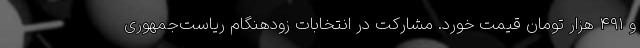
و ۴۹۱ هزار تومان قیمت خورد. مشارکت در انتخابات زودهنگام ریاست‌جمهوری